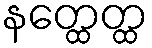
နတ္ထေတ္ထ